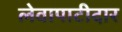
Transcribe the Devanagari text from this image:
लेवापाटीदार